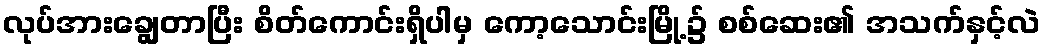
လုပ်အားချွေတာပြီး စိတ်ကောင်းရှိပါမှ ကော့သောင်းမြို့၌ စစ်ဆေး၏ အသက်နှင့်လဲ